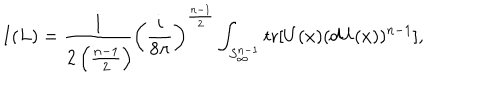
LaTeX: I ( L ) = \frac { 1 } { 2 \left( \frac { n - 1 } { 2 } \right) \! } \left( \frac { i } { 8 \pi } \right) ^ { \frac { n - 1 } { 2 } } \int _ { S _ { \infty } ^ { n - 1 } } \mathrm { t r } [ U ( x ) ( d U ( x ) ) ^ { n - 1 } ] ,